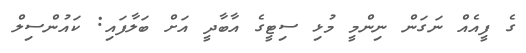
ގެ ފީއެއް ނަގަން ނިންމީ މުޅި ސިޓީގެ އާބާދީ އަށް ބަލާފައި: ކައުންސިލް